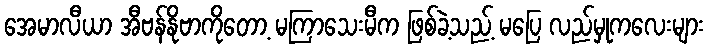
အေမာလီယာ အီဗန်နိုဗာကိုတော့ မကြာသေးမီက ဖြစ်ခဲ့သည့် မပြေ လည်မှုကလေးများ